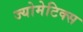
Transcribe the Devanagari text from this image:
ज्योमेटिक्स